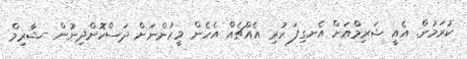
ކުރަމުން. އެއީ ޝަރިމްއަށް އެނގިފަ ހުރި އެއްޗެއް އެހެން މީހުންނަށް ދަސްކޮށްދިނުން -ޝާރިމް